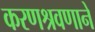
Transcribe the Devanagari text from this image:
करणश्रवणाने